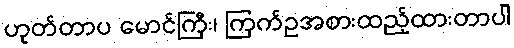
ဟုတ်တာပ မောင်ကြီး၊ ကြက်ဥအစားထည့်ထားတာပါ